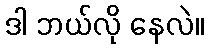
ဒါ ဘယ်လို နေလဲ။